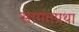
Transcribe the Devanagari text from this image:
सामंतप्रथा